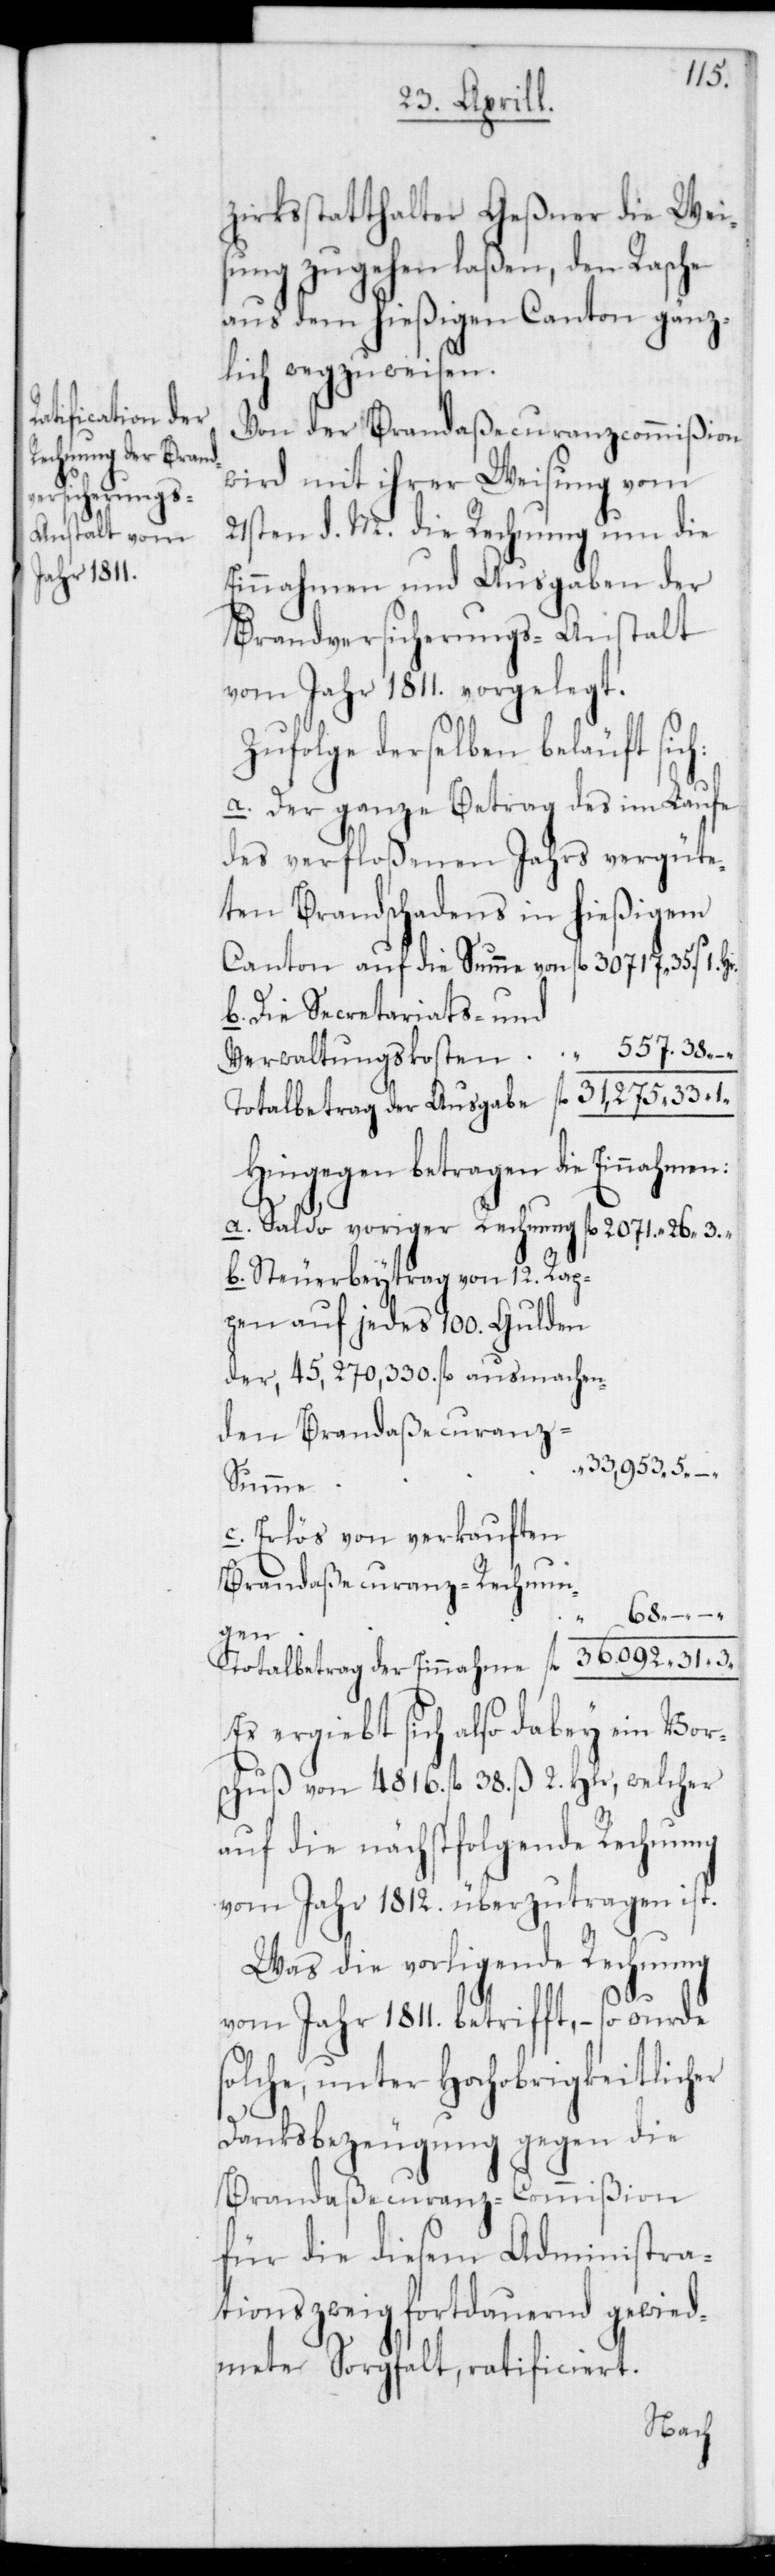
Totalbetrag der

zirksstatthalter Geßner die Wei¬
sung zugehen laßen, den Rasche
aus dem hießigen Canton gänz¬
lich wegzuweisen.
Von der Brandaßecuranzcommißion
wird mit ihrer Weisung vom
21sten d. M. die Rechnung um die
Einnahmen und Ausgaben der
Brandversicherungs-Anstalt
vom Jahr 1811. vorgelegt.
Zufolge derselben beläuft sich:
a. Der ganze Betrag des im Laufe
des verfloßenen Jahres vergüte¬
ten Brandschadens in hießigem
b. Die Secretariats- und
Hingegen betragen die Einnahm¬
a. Saldo voriger Rechnung
fl. 2071. 26 3.
b. Steuerbeytrag von 12. Rap¬
pen auf jedes 100. Gulden
der, 45,270,330 fl. ausmachen¬
den Brandaßecuranz-S¬
33,953 5 –
umme
c. Erlös von verkauften
Brandaßecuranz-Rechnun¬
68 – –
gen
Es ergibt sich also dabey ein Vor¬
schuß von 4816. fl. 38. ß 2. Hlr., welcher
auf die nächstfolgende Rechnung
vom Jahr 1812. überzutragen ist.
Was die vorligende Rechnung
1.Hr.
vom Jahr 1811. betrifft, – so wurde
solche, unter Hochobrigkeitlicher
Danksbezeugung gegen die
Brandaßecuranz-Commißion
für die diesem Administra¬
tionszweig fortdauernd gewied¬
meter Sorgfalt, ratificiert.